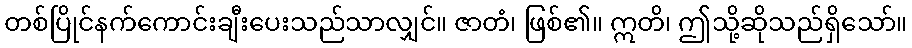
တစ်ပြိုင်နက်ကောင်းချီးပေးသည်သာလျှင်။ ဇာတံ၊ ဖြစ်၏။ ဣတိ၊ ဤသို့ဆိုသည်ရှိသော်။